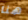
هنا